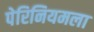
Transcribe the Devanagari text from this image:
पेरिनियमला